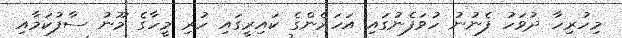
މިހުރިހާ ދުވަހު ފެނުނު ހުވަފެނުގައި އަހަރެންގެ ކައިރީގައި ހުރި މީހާގެ މޫނު ސާފުކަމާއި